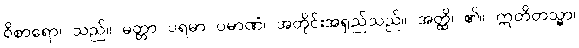
ဝိစာရော၊ သည်။ မတ္တာ ပရမာ ပမာဏံ၊ အတိုင်းအရှည်သည်။ အတ္ထိ၊ ၏။ ဣတိတသ္မာ၊